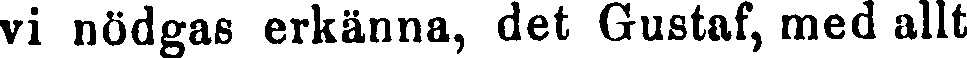
vi nödgas erkänna, det Gustaf, med allt